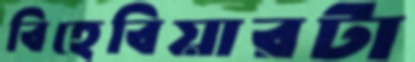
বিহেবিয়ারটা